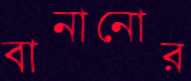
বানানোর